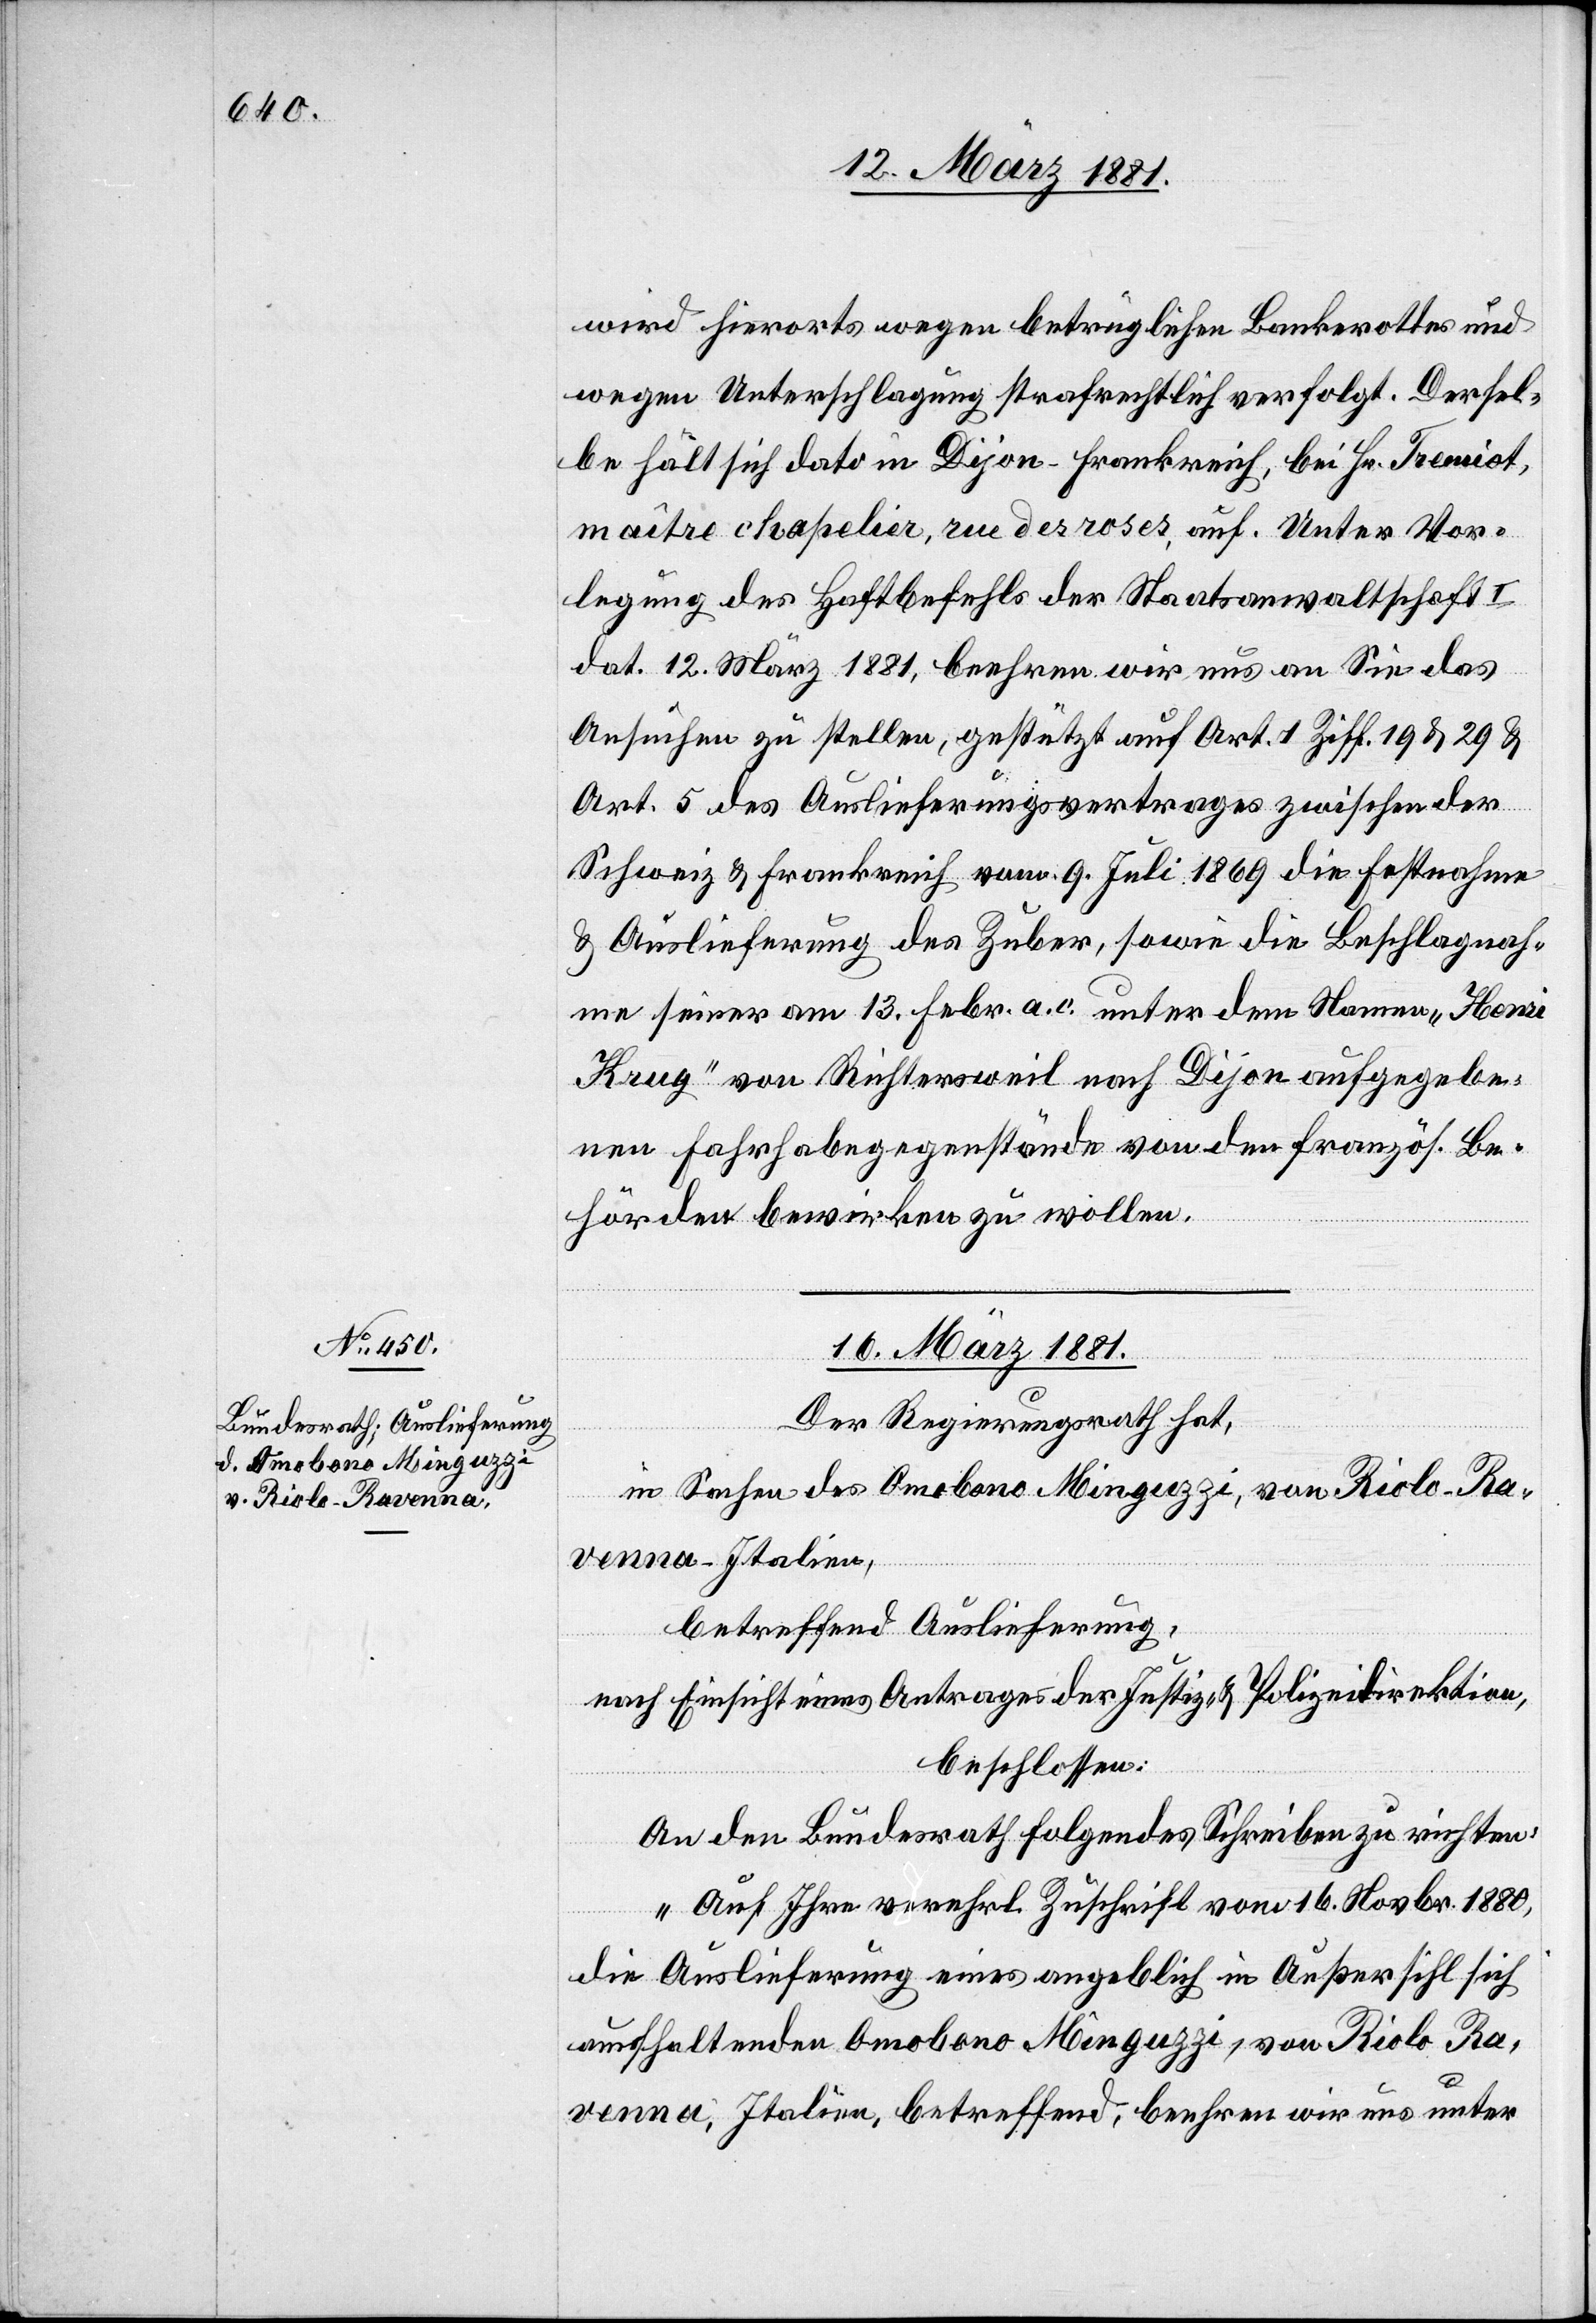
wird hierorts wegen betrüglichen Bankerottes und
wegen Unterschlagung strafrechtlich verfolgt. Dersel¬
be hält sich dato in Dijon -Frankreich, bei Hr. Tremiot,
maître chapelier, rue des roses, auf. Unter Vor¬
legung des Haftbefehls der Staatsanwaltschaft
dat. 12. März 1881, beehren wir uns an Sie das
Ansuchen zu stellen, gestützt auf Art. 1 Ziff. 19 & 29 &
Art. 5 des Auslieferungsvertrages zwischen der
Schweiz & Frankreich vom 9.Juli 1869 die Festnahme
& Auslieferung des Zuber, sowie die Beschlagnah¬
me seiner am 13 Febr. a. c. unter dem Namen „Henri
Krug“ von Richtersweil nach Dijon aufgegebe¬
nen Fahrhabegegenstände von den französ. Be¬
hörden bewirken zu wollen.“
16. März 1881.
Der Regierungsrath hat,
in Sachen des Omobono Minguzzi, von Riolo- Ra¬
venna - Italien,
betreffend Auslieferung,
nach Einsicht eines Antrages der Justiz- & Polizeidirektion,
beschlossen:
An den Bundesrath folgendes Schreiben zu richten:
„Auf Ihre verehrl. Zuschrift vom 16. Novbr. 1880,
die Auslieferung eines angeblich in Außersihl sich
aufhaltenden Omobono Minguzzi, von Riolo [-]
Ra¬
venna, Italien, betreffend, beehren wir uns unter